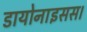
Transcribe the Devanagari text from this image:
डायोनाइसस।